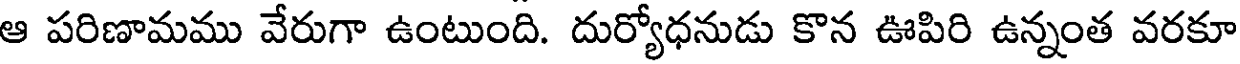
ఆ పరిణామము వేరుగా ఉంటుంది. దుర్యోధనుడు కొన ఊపిరి ఉన్నంత వరకూ